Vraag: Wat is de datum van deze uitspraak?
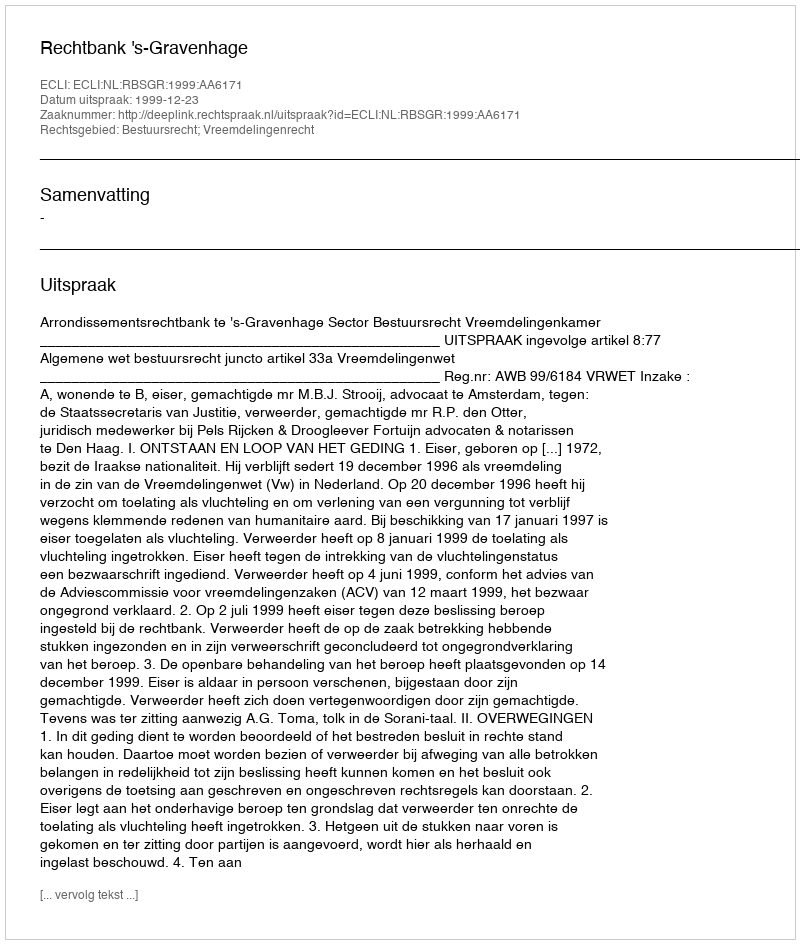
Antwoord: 1999-12-23